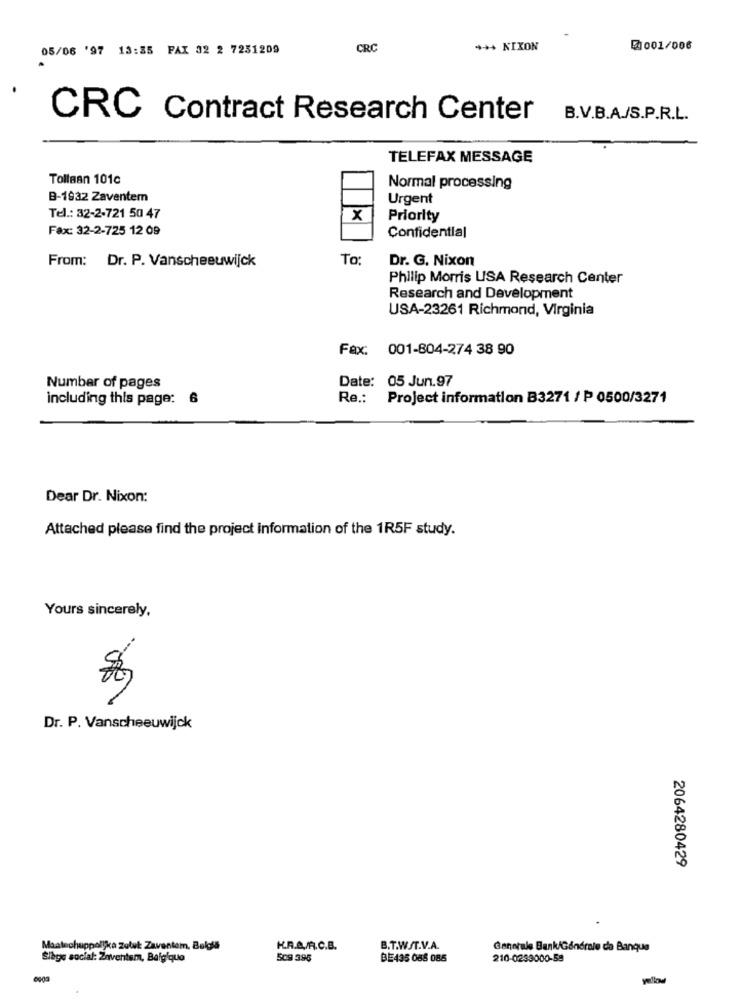
05/06 '97 13:35 PAX 32 2 7231209
CRO
*** NIKON
1001/006
CRC Contract Research Center
B.V.B.A./S.P.R.L.
TELEFAX MESSAGE
Tollaan 101c
Normal processing
B-1932 Zaventem
Urgent
Tel .: 32-2-721 50 47
x
Priority
Fax: 32-2-725 12 09
Confidential
From: Dr. P. Vanscheeuwijck
To:
Dr. G. Nixon
Philip Morris USA Research Center
Research and Development
USA-23261 Richmond, Virginia
Fax: 001-804-274 38 90
Date: 05 Jun.97
Number of pages
including this page: 6
Re .:
Project information B3271 / P 0500/3271
Dear Dr. Nixon:
Attached please find the project information of the 1R5F study.
Yours sincerely,
Dr. P. Vanscheeuwijck
2064280429
Maatechuppolika Zoluk Zaventem, Belgia
K.R.A./A.C.B.
B.T.W/T.V.A.
Generale Bank/Générale de Banque
Slags social: Zaventem, Balgique
509 395
BE435 088 085
210-0233000-58
.